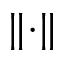
\lVert \cdot \rVert